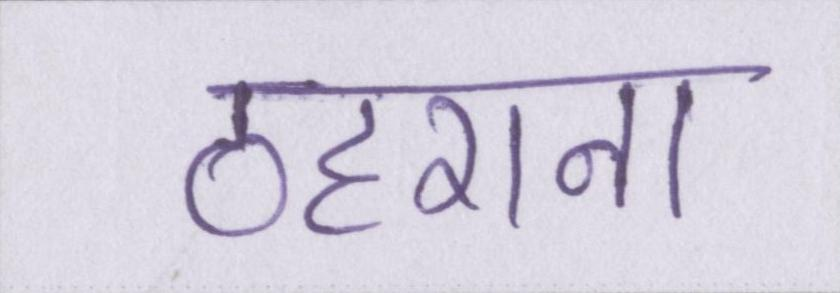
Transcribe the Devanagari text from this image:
ठहराना